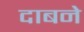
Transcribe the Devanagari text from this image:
दाबने